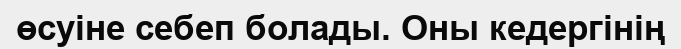
өсуіне себеп болады. Оны кедергінің